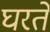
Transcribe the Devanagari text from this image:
घरतें